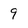
Character: 9